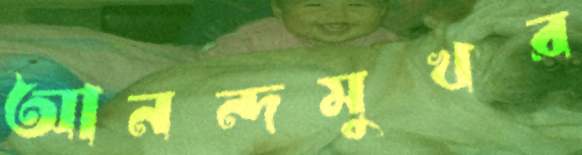
আনন্দমুখর